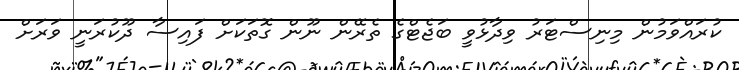
ކުރައްވަމުން މިނިސްޓަރު ވިދާޅުވީ ބަޖެޓްގެ ތެރޭން ނޫން ގޮތަކަށް ފައިސާ ދޫކުރަނީ ވަރަށް